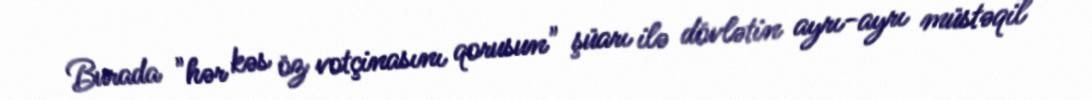
Burada "hər kəs öz votçinasını qorusun" şüarı ilə dövlətin ayrı-ayrı müstəqil